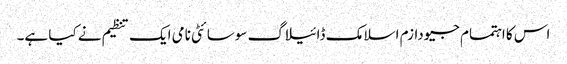
اس کا اہتمام جیودازم اسلامک ڈائیلاگ سوسائٹی نامی ایک تنظیم نے کیا ہے۔